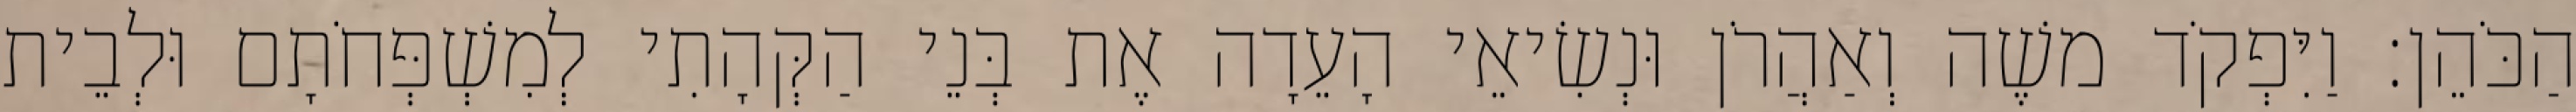
הַכֹּהֵן׃ וַיִּפְקֹד משֶׁה וְאַהֲרֹן וּנְשִׂיאֵי הָעֵדָה אֶת בְּנֵי הַקְּהָתִי לְמִשְׁפְּחֹתָם וּלְבֵית